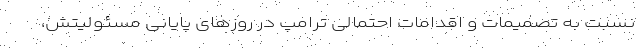
نسبت به تصمیمات و اقدامات احتمالی ترامپ در روزهای پایانی مسئولیتش،